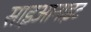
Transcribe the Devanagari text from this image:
साइआनाइट